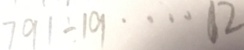
7 9 1 \div 1 9 \cdots 1 2